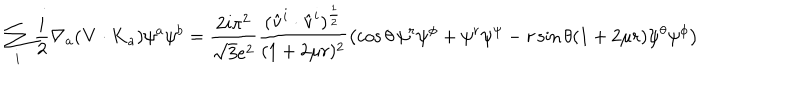
LaTeX: \sum _ { i } \frac { i } { 2 } \nabla _ { a } ( { \bf V } \cdot { \bf K } _ { a } ) \psi ^ { a } \psi ^ { b } = \frac { 2 i \pi ^ { 2 } } { \sqrt { 3 } e ^ { 2 } } \frac { ( \hat { \bf v } ^ { i } \cdot \hat { \bf v } ^ { i } ) ^ { \frac { 1 } { 2 } } } { ( 1 + 2 \mu r ) ^ { 2 } } \left( \cos \theta \, \psi ^ { r } \psi ^ { \phi } + \psi ^ { r } \psi ^ { \psi } - r \sin \theta ( 1 + 2 \mu r ) \psi ^ { \theta } \psi ^ { \phi } \right)